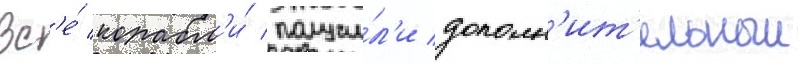
Вс'е́ корабл'и́ получи́л'и дополн'ит'ельныи